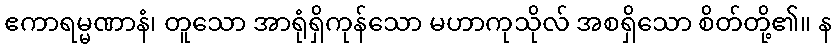
ဧကာရမ္မဏာနံ၊ တူသော အာရုံရှိကုန်သော မဟာကုသိုလ် အစရှိသော စိတ်တို့၏။ န